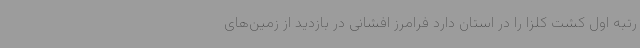
رتبه اول کشت کلزا را در استان دارد فرامرز افشانی در بازدید از زمین‌های